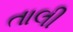
તાલી